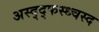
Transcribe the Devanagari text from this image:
अस्द्द्फस्ध्चस्द